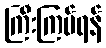
ကြီးကြပ်ရန်